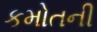
કમોતની